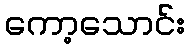
ကော့သောင်း